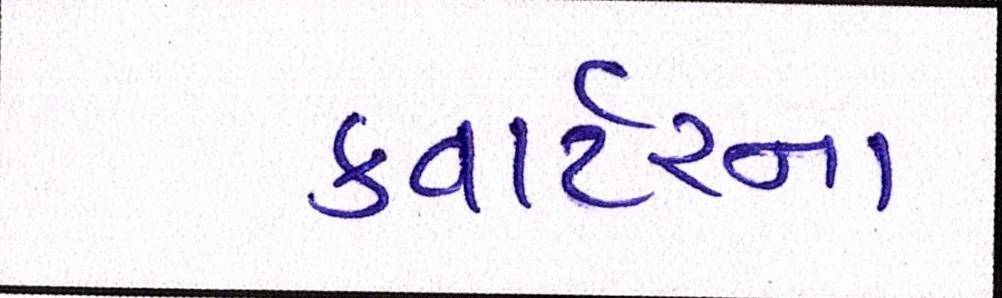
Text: કવાર્ટરના